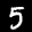
Label: 5